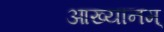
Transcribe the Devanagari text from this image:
आख्यानम्